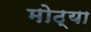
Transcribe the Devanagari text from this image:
मोठ्‍या